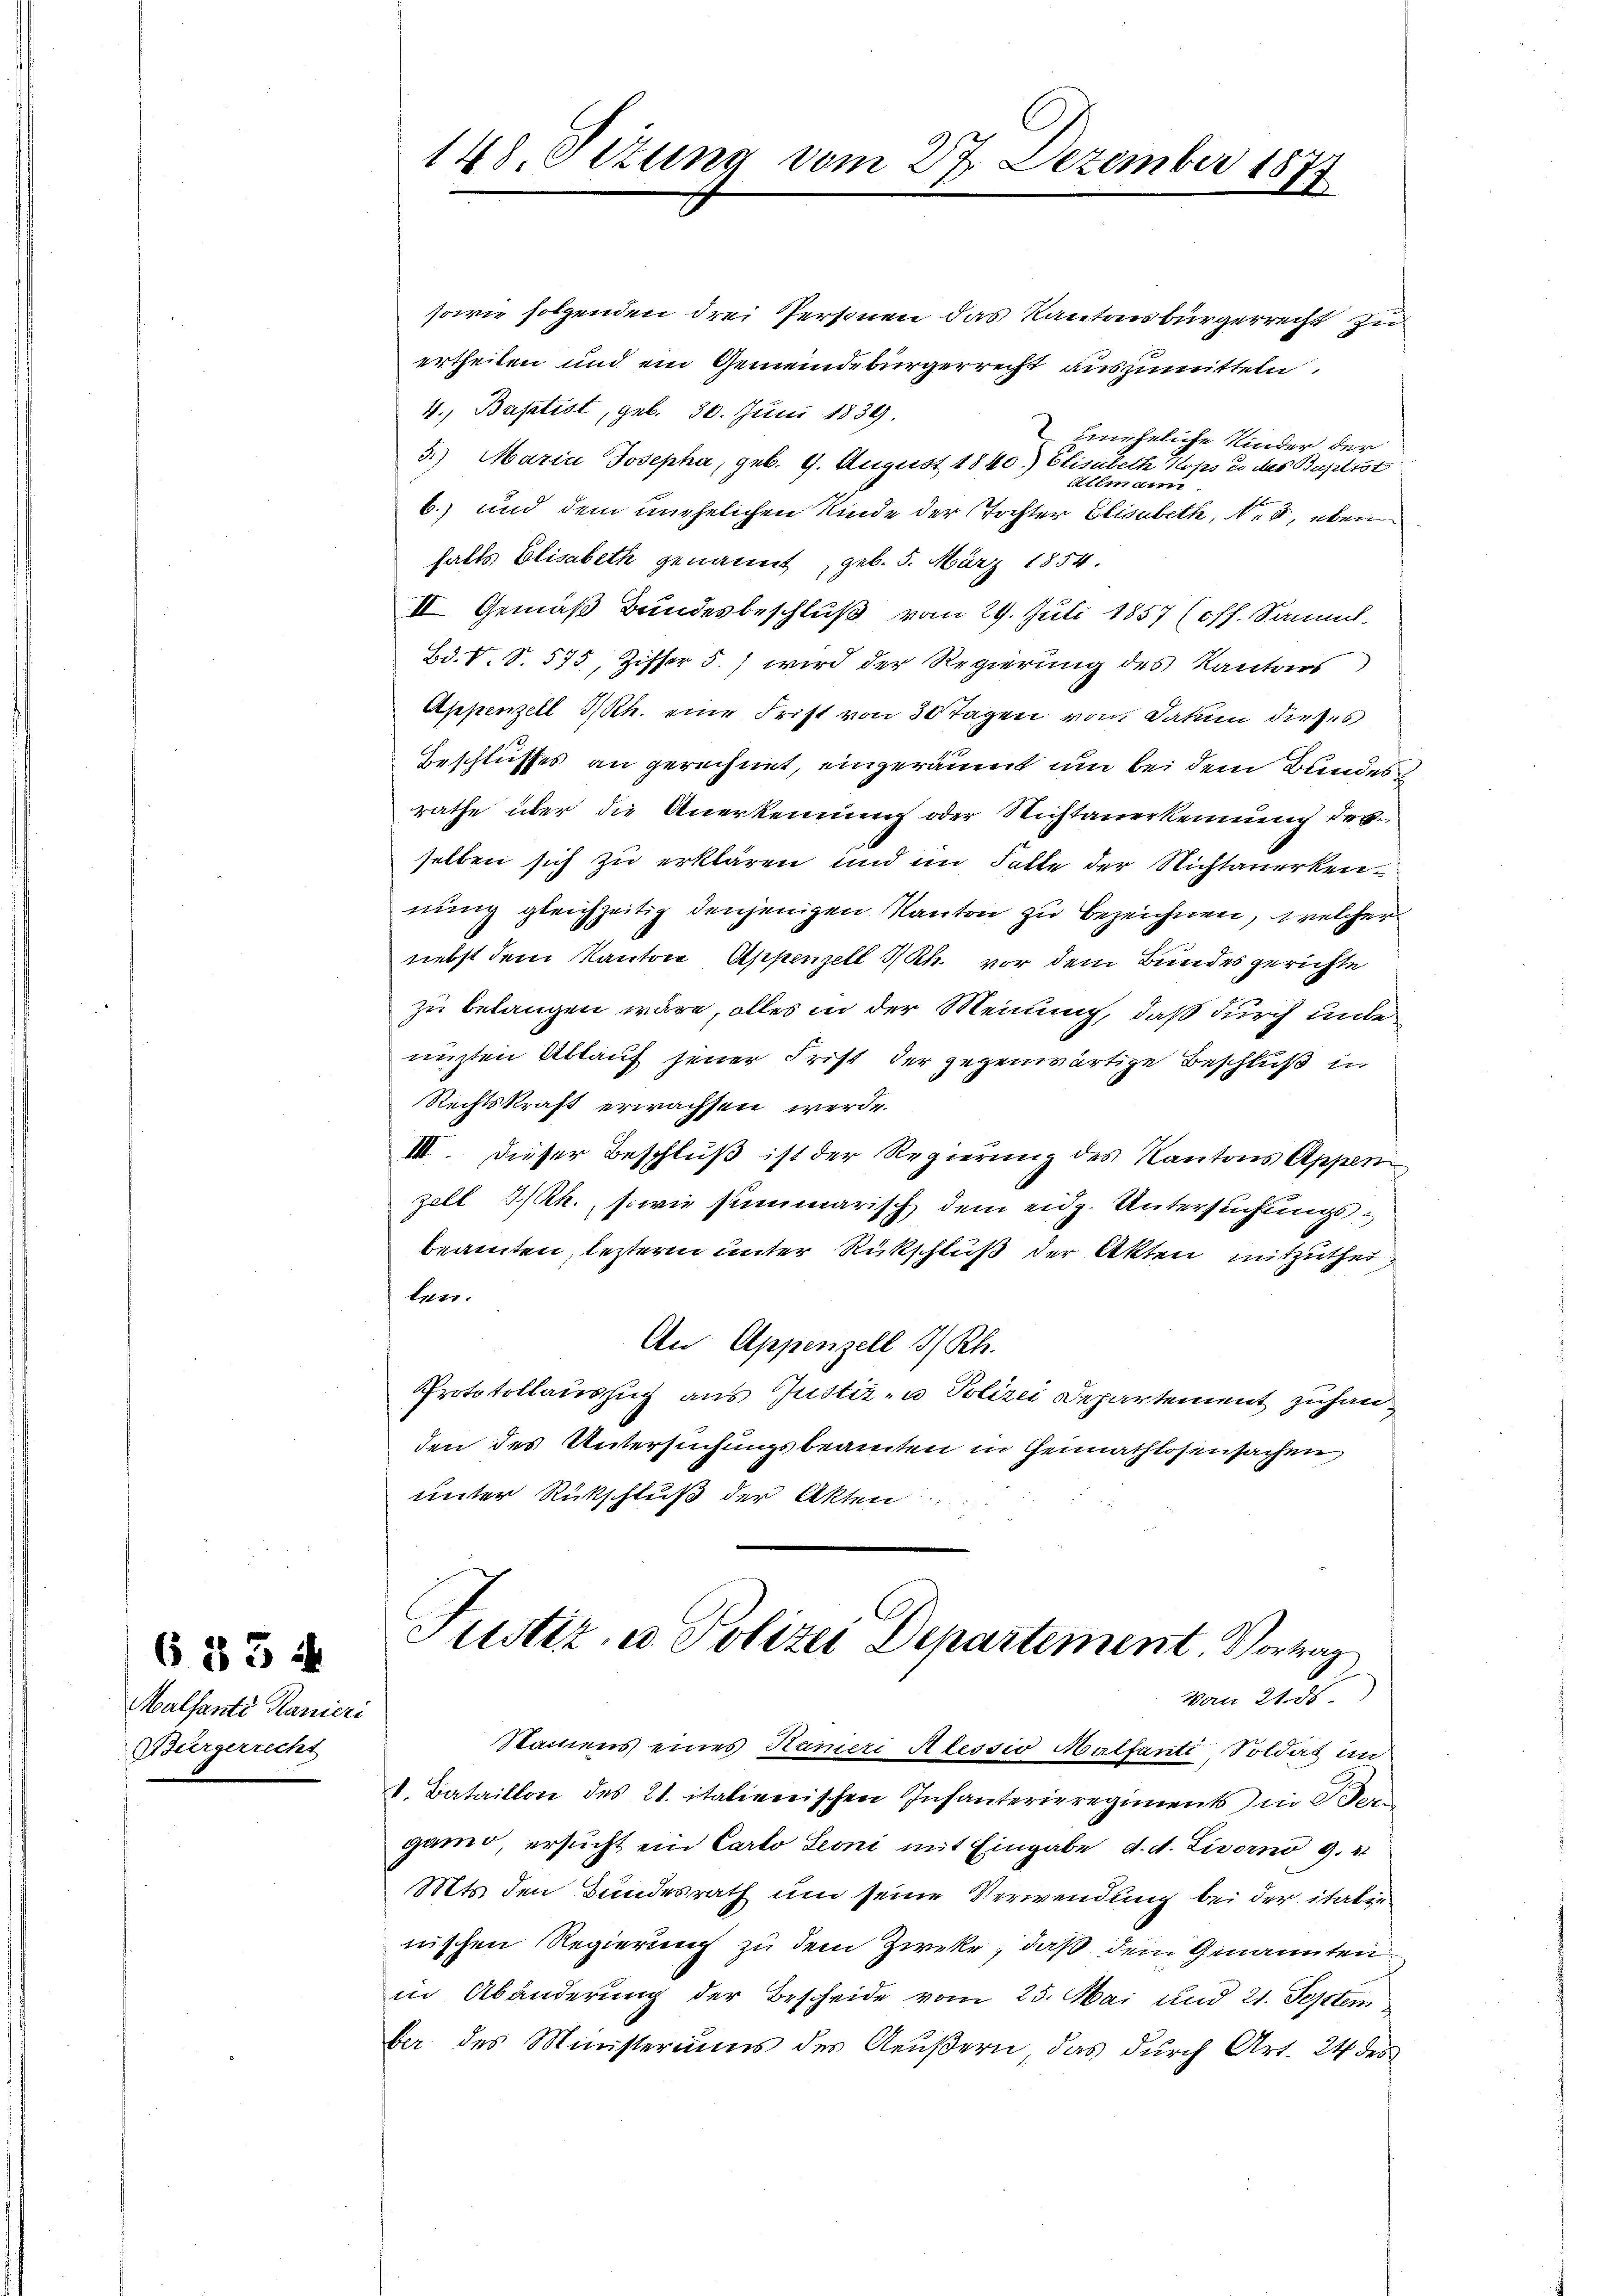
Malfants Maniers
Bürgerrecht

683 f

148. Setzung vom 27. Dezember 1877

sowie folgenden drei Personen das Kantonsbürgerrecht zu
ertheilen und ein Gemeindebürgerrecht auszumitteln.
4. Baptist, geb. 30. Juni 1839.
uneheliche Kinder der
5.) Maria Josepha, geb. 9. August 1840.) Elisabeth Kops u. des Baptist
Atem ain
E
6.) und dem unehelichen Kinde der Tochter Elisabeth, es, eben
halts Elisabeth genannt geb. 5. März 1854.
II Gemäß Bundesbeschluß vom 29. Juli 1857 (off. Sammt.
Bd. V. S. 575, Ziffer 5.) wird der Regierung des Kantons
Appenzell I/Rh. eine Frist von 30 Tagen von Datum dieses
Beschlusses an gerechnet, eingeräumt um bei dem Bundes
rathe über die Anerkennung oder Nichtanerkennung des
selben sich zu erklären und im Falle der Nichtanerkennung gleichzeitig denjenigen Kanton zu bezeichnen, welcher
nebst dem Kanton Appenzell I/Rh. vor dem Bundesgerichte
zu belangen wäre, alles in der Meinung, daß durch unbenizten Ablauf jener Frist der gegenwärtige Beschluß in
Rechtskraft erwachsen werde.
III. Dieser Beschluß ist der Regierung des Kantons Appen
zell I/Rh., sowie summarisch dem eidg. Untersuchungsbeamten, letztere unter Rückschluß der Akten mitzutheilen.
An Appenzell I/Rh.
Protokollauszug aus Justiz- u Polizei Departement zuhanden des Untersuchungsbeamten in Gennathlosensachen
unter Rückschluß der Akten:
Justiz, u. Polizei Departement. Vortrag
Von 21. ds
Namens eines Hameri Alessio Malfanti, Toldat im
1. Bataillon des 21. italienischen Infanterieregiments in Ber
gamo, ersucht ein Carto Leoni mit Eingabe d. d. Livorno 9. 21
Mts. den Bundesrath um seine Verwendung bei der italie
nischen Regierung zu dem Zweke, daß dein Genannten
in Abänderung der Bescheide vom 25. Mai und 21. Septem
ber des Ministeriums des Aeŭβern, das dŭrch Art. 24 des